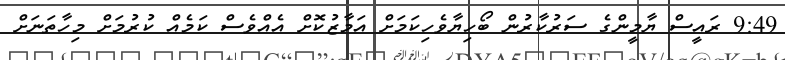
9:49 ރައީސް ޔާމީންގެ ސަރުކާރުން ބޯހިޔާވެހިކަމަށް އަމާޒުކޮށް އެއްވެސް ކަމެއް ކުރުމަށް މިހާތަނަށް